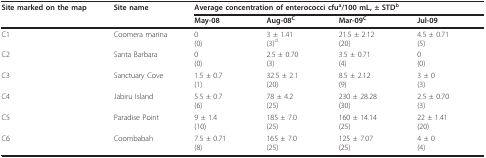
| Site marked on the map | Site name | <COLSPAN=4> Average concentration of enterococci cfua/100 mL, ± STDb |
 |  |  | May-08 | Aug-08C | Mar-09C | Jul-09 |
 | --- | --- | --- | --- | --- | --- |
 | C1 | Coomera marina | 0(0) | 3 ± 1.41(3)d | 21.5 ± 2.12(20) | 4.5 ± 0.71(5) |
 | C2 | Santa Barbara | 0(0) | 2.5 ± 0.70(3) | 3.5 ± 0.71(4) | 0(0) |
 | C3 | Sanctuary Cove | 1.5 ± 0.7(1) | 32.5 ± 2.1(20) | 8.5 ± 2.12(9) | 3 ± 0(3) |
 | C4 | Jabiru Island | 5.5 ± 0.7(6) | 78 ± 4.2(25) | 230 ± 28.28(30) | 2.5 ± 0.70(3) |
 | C5 | Paradise Point | 9 ± 1.4(10) | 185 ± 7.0(25) | 160 ± 14.14(25) | 22 ± 1.41(20) |
 | C6 | Coombabah | 7.5 ± 0.71(8) | 165 ± 7.0(25) | 125 ± 7.07(25) | 4 ± 0(4) |